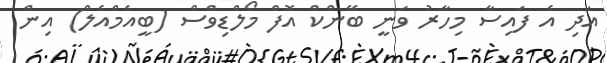
އަދި އެ ފައިސާ މިހާރު ވަނީ ބޭންކް އޮފް މޯލްޑިވްސް (ބީއެމްއެލް) އިން